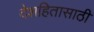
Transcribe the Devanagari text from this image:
देशहितासाठी